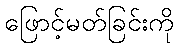
ဖြောင့်မတ်ခြင်းကို